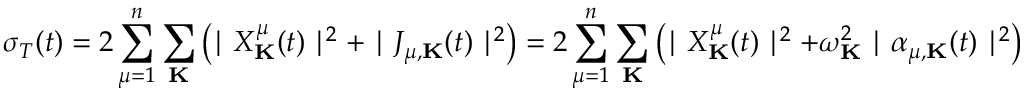
\sigma _ { T } ( t ) = 2 \sum _ { \mu = 1 } ^ { n } \sum _ { \bf K } \left( \mid X _ { \bf K } ^ { \mu } ( t ) \mid ^ { 2 } + \mid J _ { \mu , { \bf K } } ( t ) \mid ^ { 2 } \right) = 2 \sum _ { \mu = 1 } ^ { n } \sum _ { \bf K } \left( \mid X _ { \bf K } ^ { \mu } ( t ) \mid ^ { 2 } + \omega _ { \bf K } ^ { 2 } \mid \alpha _ { \mu , { \bf K } } ( t ) \mid ^ { 2 } \right)